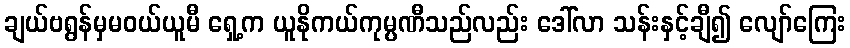
ချယ်ဗရွန်မှမဝယ်ယူမီ ရှေ့က ယူနိုကယ်ကုမ္ပဏီသည်လည်း ဒေါ်လာ သန်းနှင့်ချီ၍ လျော်ကြေး